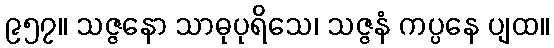
၉၅၇။ သဇ္ဇနော သာဓုပုရိသေ၊ သဇ္ဇနံ ကပ္ပနေ ပျထ။